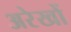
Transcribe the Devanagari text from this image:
अरेखों